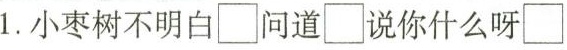
1.小枣树不明白\Box问道\Box说你什么呀\Box